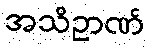
အသိဥာဏ်